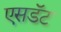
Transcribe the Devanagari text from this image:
एसडॅट